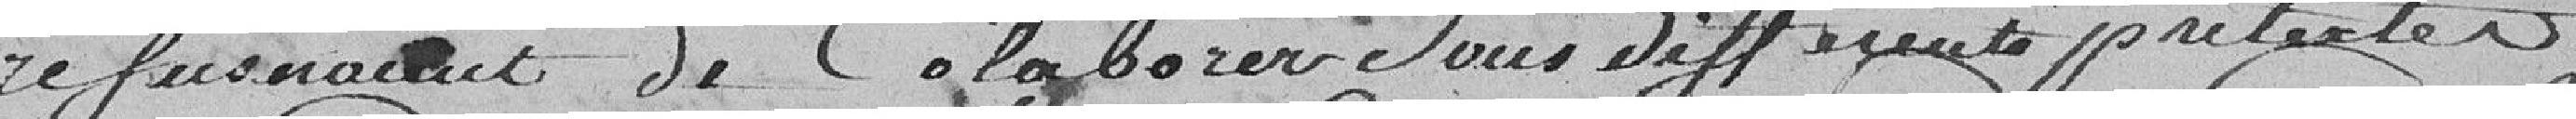
refuseraient de collaborer sous différents prétextes